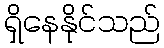
ရှိနေနိုင်သည်